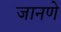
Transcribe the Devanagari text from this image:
जानणे